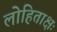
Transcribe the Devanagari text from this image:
लोहिताक्षः